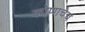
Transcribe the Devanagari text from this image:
कोणाचेच